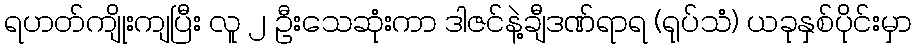
ရဟတ်ကျိုးကျပြီး လူ ၂ ဦးသေဆုံးကာ ဒါဇင်နဲ့ချီဒဏ်ရာရ (ရုပ်သံ) ယခုနှစ်ပိုင်းမှာ